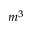
m ^ { 3 }